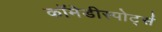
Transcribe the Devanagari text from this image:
कॉमेडीस्पोर्ट्स